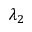
\lambda _ { 2 }